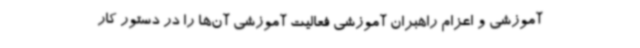
آموزشی و اعزام راهبران آموزشی فعالیت آموزشی آن‌ها را در دستور کار